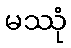
မဿုံ